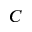
C